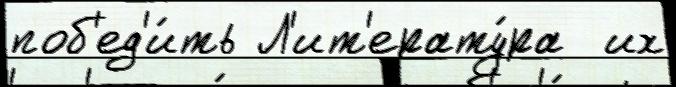
поб'ед'и́ть Л'ит'ерату́ра  их